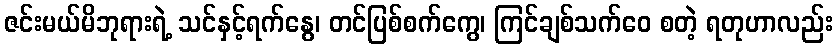
ဇင်းမယ်မိဘုရားရဲ့ သင်နှင့်ရက်နွေ၊ တင်ပြစ်စက်ကွေ၊ ကြင်ချစ်သက်ဝေ စတဲ့ ရတုဟာလည်း